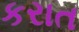
કરાત